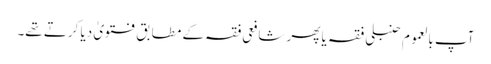
آپ بالعموم حنبلی فقہ یا پھر شافعی فقہ کے مطابق فتویٰ دیا کرتے تھے۔